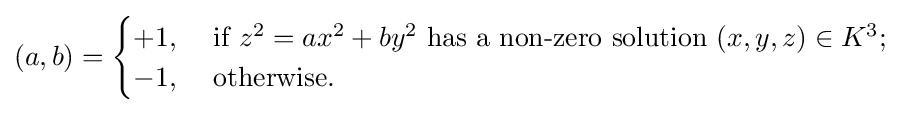
(a,b)={\begin{cases}+1,&{\mbox{ if }}z^{2}=ax^{2}+by^{2}{\mbox{ has a non-zero solution }}(x,y,z)\in K^{3};\\-1,&{\mbox{ otherwise.}}\end{cases}}